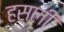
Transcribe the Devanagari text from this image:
हसली